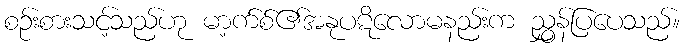
စဉ်းစားသင့်သည်ဟု မာ့က်စ်၏အနုပဋိလောမနည်းက ညွှန်ပြပေသည်။